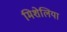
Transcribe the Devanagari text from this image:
मिशेलिया